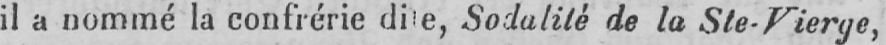
Sodalité de la Ste-Vierge,